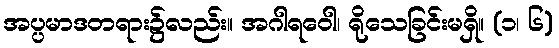
အပ္ပမာဒတရား၌လည်း။ အဂါရဝေါ၊ ရိုသေခြင်းမရှိ။ (၁၊ ၆)